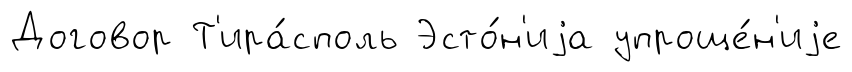
Договор Т'ира́споль Эсто́н'иjа упроще́н'иjе